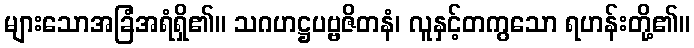
များသောအခြံအရံရှိ၏။ သဂဟဋ္ဌပဗ္ဗဇိတနံ၊ လူနှင့်တကွသော ရဟန်းတို့၏။